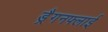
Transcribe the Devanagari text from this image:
ड्रैगनफ्लाई